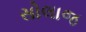
સોલાજ